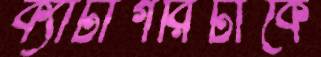
ক্যাটাগরিটাকে